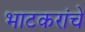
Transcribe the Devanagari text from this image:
भाटकरांचे